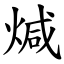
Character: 煘